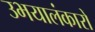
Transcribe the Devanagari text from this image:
उभयालंकारों